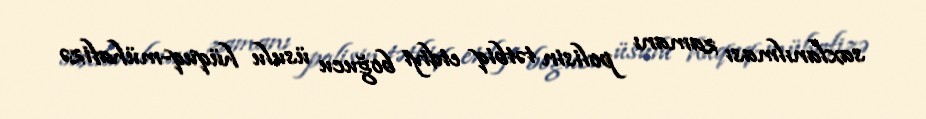
saxlanılması zamanı polisin tətbiq etdiyi boğucu üsulu hüquq-mühafizə